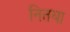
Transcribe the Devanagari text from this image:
नितया